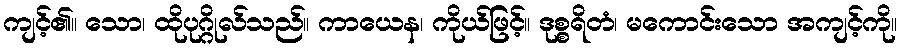
ကျင့်၏။ သော၊ ထိုပုဂ္ဂိုလ်သည်။ ကာယေန၊ ကိုယ်ဖြင့်။ ဒုစ္စရိတံ၊ မကောင်းသော အကျင့်ကို။